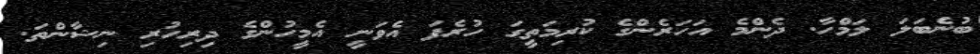
ބުނެބަލަ ލަމްހާ. ދެންމެ އަހަރެންގެ ކުރިމަތީގަ ހުރެފަ އެވަނީ އެމީހުންގެ ދިރިހުރި ނިޝާންތަ.